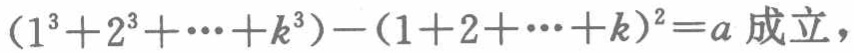
\((1^{3}+2^{3}+\cdots +k^{3})-(1 + 2+\cdots +k)^{2}=a\)成立，